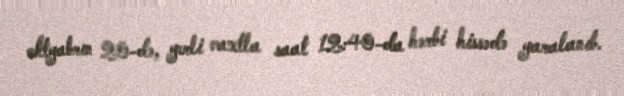
oktyabrın 20-də, yerli vaxtla saat 12:40-da hərbi hissədə yaralanıb.